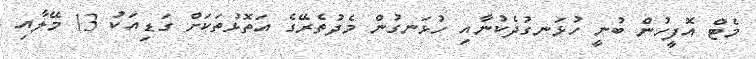
މެޓް އޮފީހުން ބުނީ ހުޅަނގުދެކުނާއި ހުޅަނގުން މެދުތެރޭގެ އަތޮޅުތަކަށް ގަޑިއަކު 13 މޭލާއި